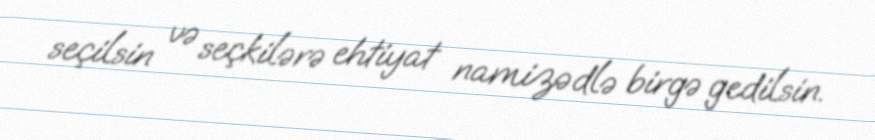
seçilsin və seçkilərə ehtiyat namizədlə birgə gedilsin.